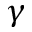
\gamma